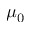
\mu _ { 0 }